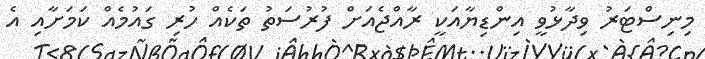
މިނިސްޓަރު ވިދާޅުވީ އިންޑިޔާއަކީ ރާއްޖެއަށް ފުރުސަތު ތަކެއް ހުރި ގައުމެއް ކަމަށާއި އެ